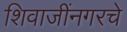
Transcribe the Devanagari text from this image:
शिवाजींनगरचे